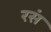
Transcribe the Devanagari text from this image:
रसं